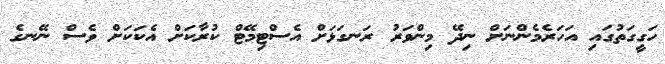
ހަގީގަތުގައި އަހަރެމެންނަށް ނިދޭ މިންވަރު ރަނގަޅަށް އެސްޓިމޭޓް ކުރާކަށް އެކަކަށް ވެސް ނޭނގެ